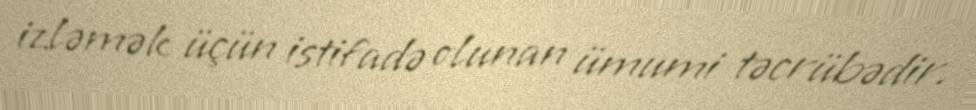
izləmək üçün istifadə olunan ümumi təcrübədir.